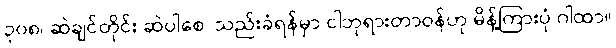
၃၀၈၊ ဆဲချင်တိုင်း ဆဲပါစေ၊ သည်းခံရန်မှာ ငါဘုရားတာဝန်ဟု မိန့်ကြားပုံ ဂါထာ။